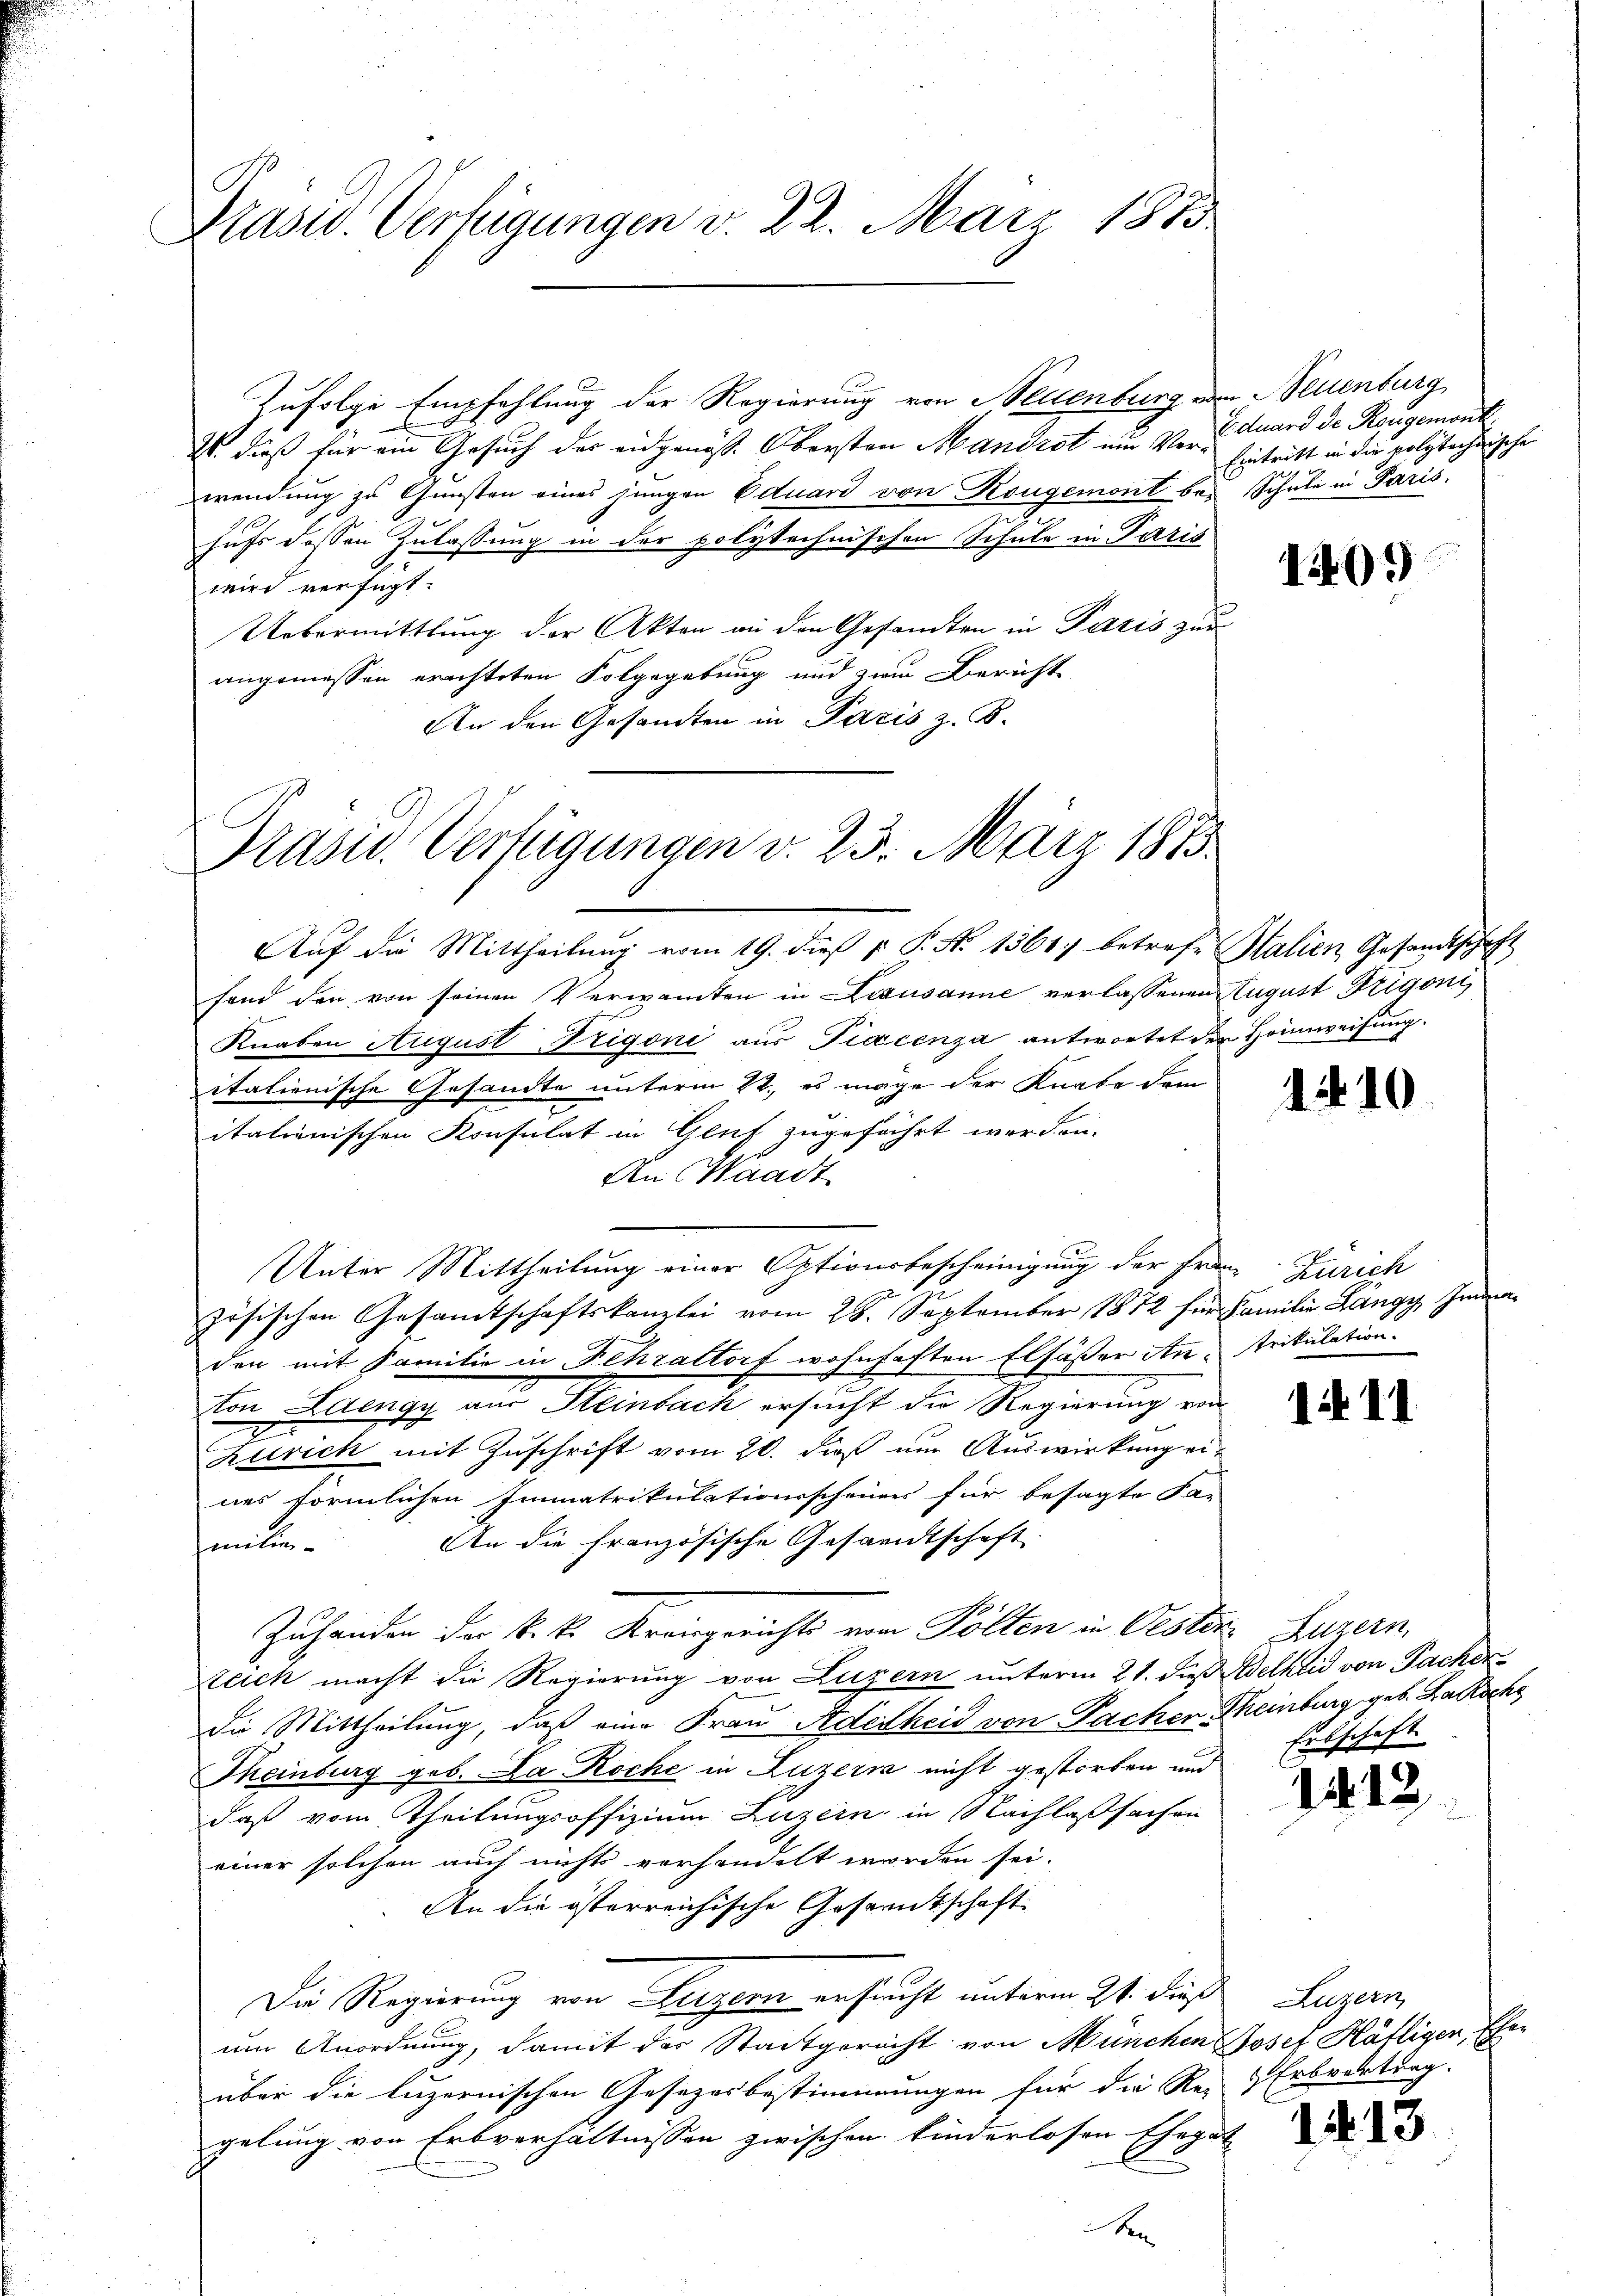
Prasid. Verfügungen v. 22. März 1885

Prasis. Verfügungen v. 25. März 1875.
Aŭf die Mittheilŭng vom 19. dieß u. P. Nr. 1361) betreff Stalien Gesandtschaft

Zufolge Empfehlung der Regierung von Neuenburg von Neuenburg,
2. dieß für ein Gesuch der eidgenöss. Obersten Mandrat um Verwendung zu Gunsten eines jungen Eduard von Rougemont bei Schule in Paris.
n
hufs dessen Zulassung in der polytechnischen Schule in Paris
wird verfügt:
Uebermittlung der Akten an den Gesandten in Paris zur
angemessen erachteten Folgegebung und zwei Bericht
An den Gesandten in Paris z. B.

Unter Mittheilung einer Optionsbescheinigung der Frau Zürich

E

Eduard der Reugemont
Eintritt in die polytechnische

fand den von seinen Verwandten in Lizausanne verlassenen August Rigoni
Knaben August Trigone aus Piacenza antwortet der Heimweisung.
italienische Gesandte unterm 22., es möge der Knabe dem
italienischen Konsulat in Gluf zugeführt werden.
An Waadt
zösischen Gesamtschaftskanzlei vom 28. September 1872 für Familie Langy Immer
den mit Familie in Fehraltorf wohnhaften Elfäßer An- trikulation.
ton Laengy aus Steinbach ersucht die Regierung von
Zürich mit Zuschrift vom 20. dieß um Auswirkung eines förmlichen Immatrikulationsscheines für besagte Fa-
An die französische Gesandtschaft
milie
Zuhanden der k. k. Kreisgerichts von Pölten in Oester
Zeich macht die Regierung von Luzern unterm 21. dieß
die Mittheilung, daß eine Frau Adetheid von Pacher-
Theinburg geb. Da Roche in Luzern nicht gestorben und
daß vom Theilungsoffizium Luzern in Nachlaßsachen
einer solchen auch nichts vorhandelt worden sei.
An die österreichische Gesammtschaft
Die Regierung von Luzern ersucht unterm 21. dieß Luzern,
um Anordnung, damit der Stadtgericht von München Josef Häfliger,
über die luzernischen Gesezesbestimmungen für die Re-Erbvertrag.
gelung von Erbverhältnissen zwischen kinderlosen Ehega

101)

1410

111

u Luzern,
Aetheid von Pachen
Theinburg geb. Lakoche
Erbschaft

1

14. 13